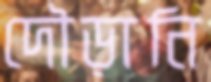
দৌড়ানি